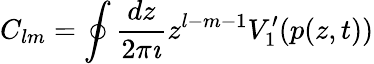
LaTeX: C_{lm}=\oint\frac{dz}{2\pi\imath}z^{l-m-1}V_{1}^{\prime}(p(z,t))